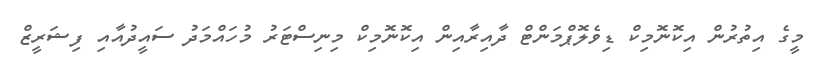
މީގެ އިތުރުން އިކޮނޮމިކް ޑިވެލޮޕްމަންޓް ދާއިރާއިން އިކޮނޮމިކް މިނިސްޓަރު މުހައްމަދު ސައީދުއާއި ފިޝަރީޒް